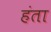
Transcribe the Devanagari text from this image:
हंता